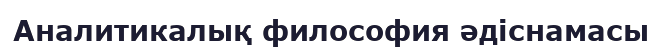
Аналитикалық философия әдіснамасы